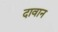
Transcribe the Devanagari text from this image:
दावान